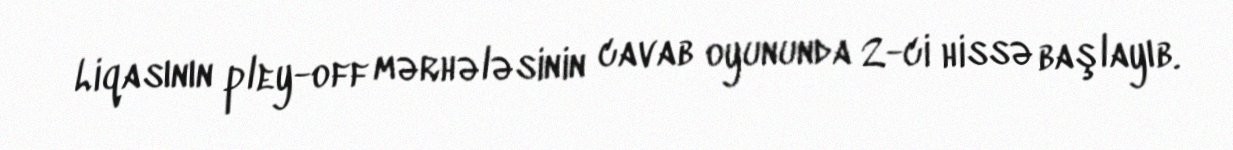
Liqasının pley-off mərhələsinin cavab oyununda 2-ci hissə başlayıb.